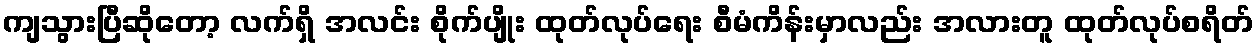
ကျသွားပြီဆိုတော့ လက်ရှိ အလင်း စိုက်ပျိုး ထုတ်လုပ်ရေး စီမံကိန်းမှာလည်း အလားတူ ထုတ်လုပ်စရိတ်